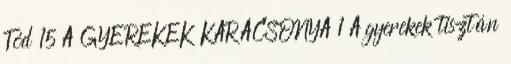
Tód 15 A GYEREKEK KARÁCSONYA 1 A gyerekek tisztán